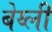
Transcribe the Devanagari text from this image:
बेय्ली